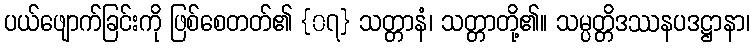
ပယ်ဖျောက်ခြင်းကို ဖြစ်စေတတ်၏ {၀၇} သတ္တာနံ၊ သတ္တာတို့၏။ သမ္ပတ္တိဒဿနပဒဋ္ဌာနာ၊